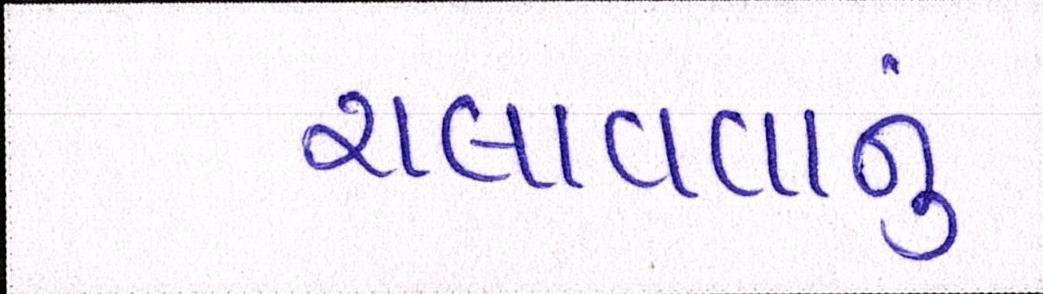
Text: ચલાવવાનુ